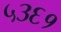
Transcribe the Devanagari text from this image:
५३६१